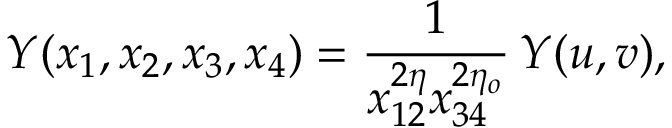
Y ( x _ { 1 } , x _ { 2 } , x _ { 3 } , x _ { 4 } ) = \frac { 1 } { x _ { 1 2 } ^ { 2 \eta } x _ { 3 4 } ^ { 2 \eta _ { o } } } \, Y ( u , v ) ,